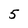
Character: 5